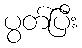
ပွတ်ပြီး